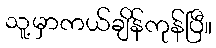
သူ့မှာကယ်ချိန်ကုန်ပြီ။